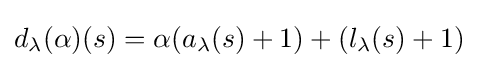
d_{\lambda }(\alpha )(s)=\alpha (a_{\lambda }(s)+1)+(l_{\lambda }(s)+1)